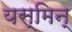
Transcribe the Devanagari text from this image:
यस्मिन्‌